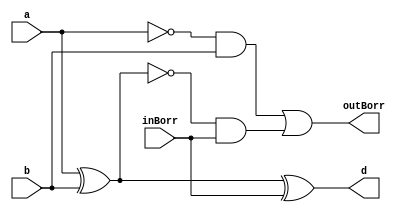
module restadorCompleto(a, b, inBorr, d, outBorr );
    input a, b, inBorr;
    output d, outBorr;
    wire wire1, wire2, wire3;
    assign reg1=a^b;
    assign reg2=~(a)&b;
    assign reg3=~(reg1)&inBorr;
    assign d=reg1^inBorr;
    assign outBorr=reg2|reg3;
endmodule